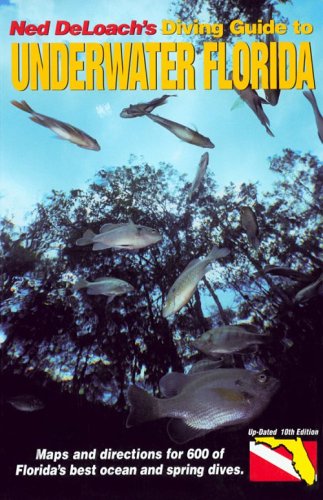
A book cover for Diving Guide to Underwater Florida (10th Edition); Ned DeLoach; Travel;